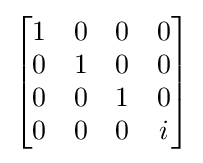
{\begin{bmatrix}1&0&0&0\\0&1&0&0\\0&0&1&0\\0&0&0&i\end{bmatrix}}